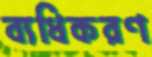
ব্যধিকরণ